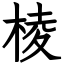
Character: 棱